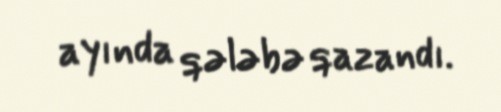
ayında qələbə qazandı.